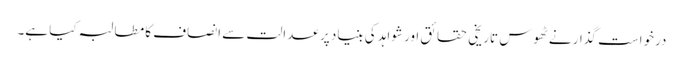
درخواست گذار نے ٹھوس تاریخی حقائق اور شواہد کی بنیاد پر عدالت سے انصاف کا مطالبہ کیا ہے۔